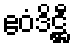
ဧဝံဒိဋ္ဌီ